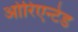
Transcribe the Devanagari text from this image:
ओरिएन्टेड